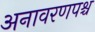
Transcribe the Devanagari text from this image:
अनावरणपश्च